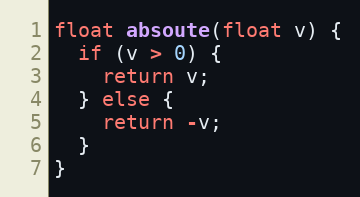
Language: C++
float absoute(float v) {
  if (v > 0) {
    return v;
  } else {
    return -v;
  }
}